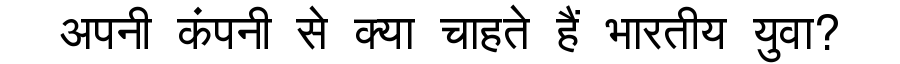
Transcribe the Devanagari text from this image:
अपनी कंपनी से क्या चाहते हैं भारतीय युवा?